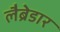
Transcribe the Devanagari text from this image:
लैब्रेडार